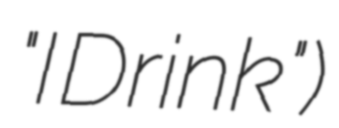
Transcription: "I Drink")